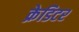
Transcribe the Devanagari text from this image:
क्रेडिटर